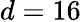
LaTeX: d=16